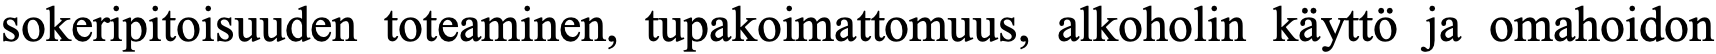
sokeripitoisuuden toteaminen, tupakoimattomuus, alkoholin käyttö ja omahoidon